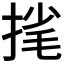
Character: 毮